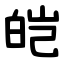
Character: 皑